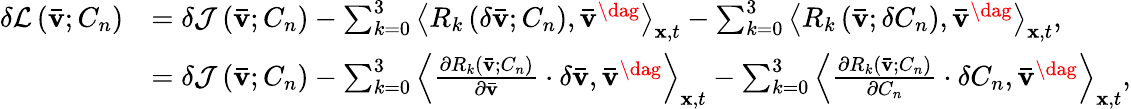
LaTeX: \begin{array}{rl}{\delta\mathcal{L}\left({{\mathbf{\bar{v}}};{C_{n}}}\right)}&{=\delta{\mathcal J}\left({{\mathbf{\bar{v}}};{C_{n}}}\right)-\sum_{k=0}^{3}{{{\left\langle{{R_{k}}\left({\delta{\mathbf{\bar{v}}};{C_{n}}}\right),{{{\mathbf{\bar{v}}}}^{\dag}}}\right\rangle}_{{\mathbf{x}},t}}}-\sum_{k=0}^{3}{{{\left\langle{{R_{k}}\left({{\mathbf{\bar{v}}};\delta{C_{n}}}\right),{{{\mathbf{\bar{v}}}}^{\dag}}}\right\rangle}_{{\mathbf{x}},t}}},}\\ &{=\delta{\mathcal J}\left({{\mathbf{\bar{v}}};{C_{n}}}\right)-{\sum_{k=0}^{3}\left\langle{{\frac{{\partial{R_{k}}\left({{\mathbf{\bar{v}}};{C_{n}}}\right)}}{{\partial{\mathbf{\bar{v}}}}}\cdot\delta{\mathbf{\bar{v}}}},{{{\mathbf{\bar{v}}}}^{\dag}}}\right\rangle_{{\mathbf{x}},t}}-\sum_{k=0}^{3}{{{\left\langle{\frac{{\partial{R_{k}}\left({{\mathbf{\bar{v}}};{C_{n}}}\right)}}{{\partial{C_{n}}}}\cdot\delta{C_{n}},{{{\mathbf{\bar{v}}}}^{\dag}}}\right\rangle}_{{\mathbf{x}},t}}},}\end{array}